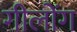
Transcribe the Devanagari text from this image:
गीलोंग